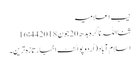
نیب اعلامیہ
ثنااللہ ناگرہ بدھ 20 جون 2018 16:44
اسلام آباد(اُردوپوائنٹ اخبارتازہ ترین۔